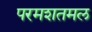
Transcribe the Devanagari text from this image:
परमशतमल